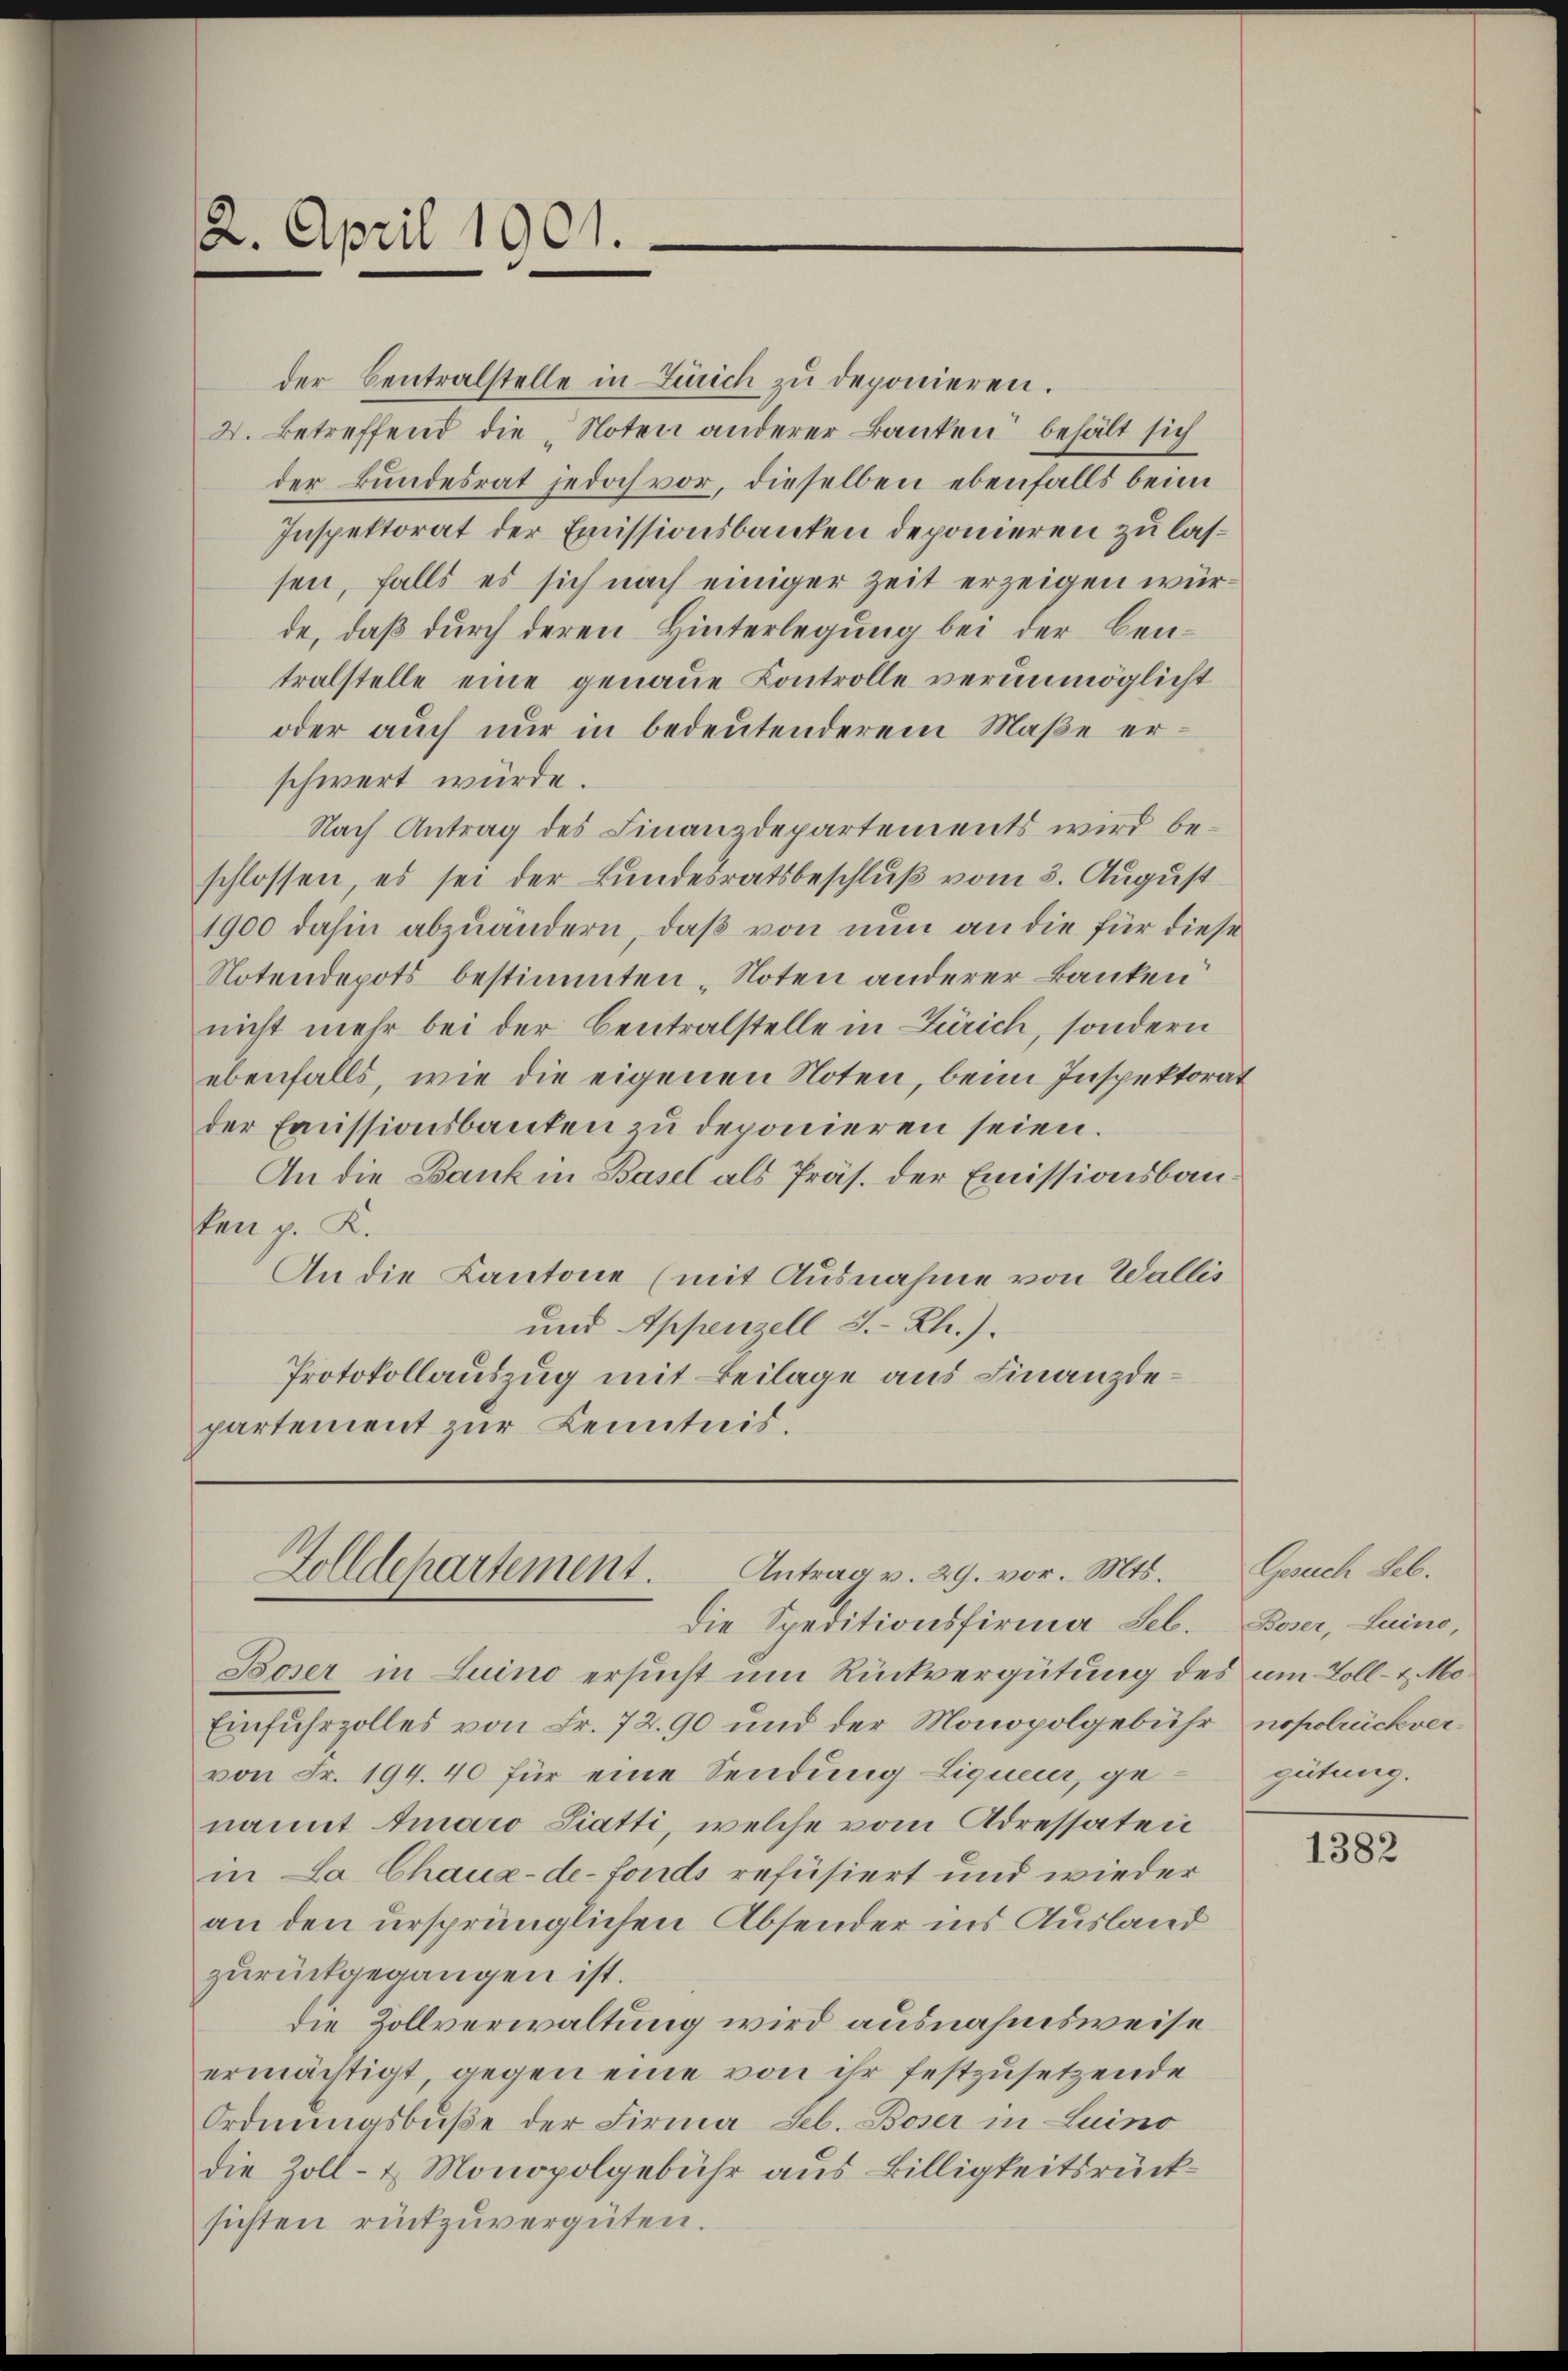
der Centralstelle in Zürich zu deponieren.
X. Betreffend die „Noten anderer Banken behält sich
der Bundesrat jedoch vor, dieselben ebenfalls beim
Inspektorat der Emissionsbanken deponieren zu lassen, falls es sich nach einiger Zeit erzeigen würde, daß durch deren Hinterlegung bei der Bentralstelle eine genaue Kontrolle verunmöglicht
oder auch nur in bedeutenderem Maße erschwert würde.
Nach Antrag des Finanzdepartements wird beschlossen, es sei der Bundesratsbeschluß vom 3. August
1900 dahin abzuändern, daß von nun an die für diese
Notendepots bestimmten „Noten anderer Banken
nicht mehr bei der Centralstelle in Zürich, sondern
ebenfalls, wie die eigenen Noten, beim Inspektorat
der Emissionsbauten zu deponieren seien.
An die Bank in Basel als Präs. der Emissionsbauken p. K.
An die Kantone (mit Ausnahme von Wallis
und Appenzell I.-Rh.).
Protokollauszug mit Beilage aus Finanzdepartement zur Kenntnis.

2. April 1901.

Antrag v. 29. vor. Mts.
Golldepartement.
Die Speditionsfirma Seb.

Boser in Luino ersucht um Rückvergütung des um Toll- u. Mo¬
Einfuhrzolles von Fr. 72. 90 und der Monopolgebühr nopolrückvervon Fr. 194. 40 für eine Sendung Liquerer, genannt Araro Siatti, welche vom Adressaten
in La Chaux-de-Fonds refüsiert und wieder
an den ursprünglichen Absender ins Ausland
zurückgegangen ist.
die Zollverwaltung wird ausnahmsweise
ermächtigt, gegen eine von ihr festzusetzende
Ordnungsbuße der Firma Seb. Boser in Luino
die Zoll- & Monopolgebühr aus Billigkeitsrücksichten rückzuvergüten.

Gesuch Seb.
Boser, Luino,
gütung.

1382